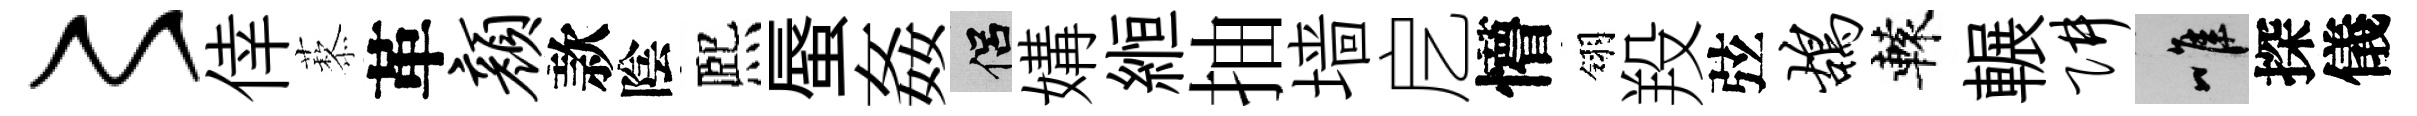
〻倖藜革颜款陰熈蜃姦侣媾縆抽墙戹懵翎羖弦鸪轅輾阱唯探儀